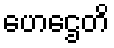
ဟေဌေတိ